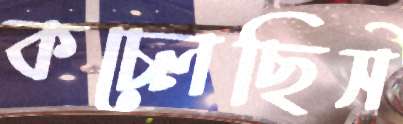
কচ্‌লেছিস